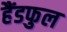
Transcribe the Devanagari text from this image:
हैंडफुल